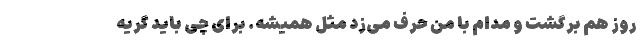
روز هم برگشت و مدام با من حرف می‌زد مثل همیشه. برای چی باید گریه